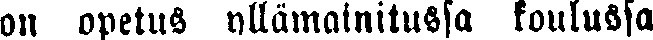
on opetus yllämainitussa koulussa